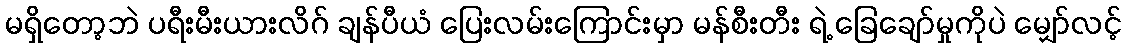
မရှိတော့ဘဲ ပရီးမီးယားလိဂ် ချန်ပီယံ ပြေးလမ်းကြောင်းမှာ မန်စီးတီး ရဲ့ ခြေချော်မှုကိုပဲ မျှော်လင့်